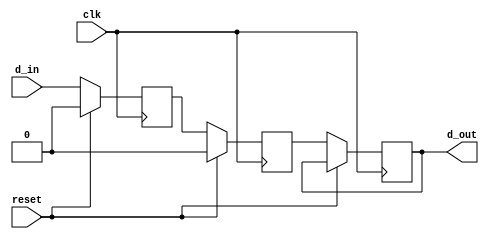
module two_flop_synchronizer (
    input wire clk,
    input wire reset,
    input wire d_in,
    output reg d_out
);

reg d_ff1;
reg d_ff2;

always @(posedge clk) begin
    if (reset) begin
        d_ff1 <= 1'b0;
        d_ff2 <= 1'b0;
    end else begin
        d_ff1 <= d_in;
        d_ff2 <= d_ff1;
        d_out <= d_ff2;
    end
end

endmodule